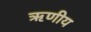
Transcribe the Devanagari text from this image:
ऋणीय